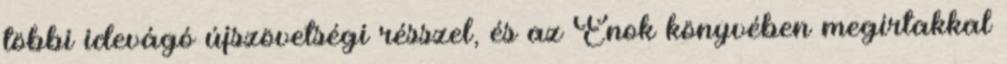
többi idevágó újszövetségi résszel, és az Énok könyvében megírtakkal